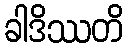
ခါဒိဿတိ